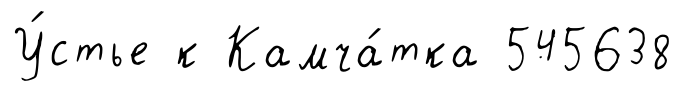
У́стье к Камча́тка 545638